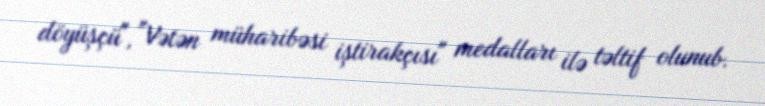
döyüşçü", "Vətən müharibəsi iştirakçısı" medalları ilə təltif olunub.